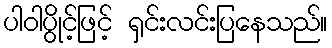
ပါဝါပွိုင့်ဖြင့် ရှင်းလင်းပြနေသည်။